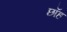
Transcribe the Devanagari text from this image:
छॉह